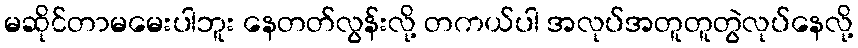
မဆိုင်တာမမေးပါဘူး နေတတ်လွန်းလို့ တကယ်ပါ အလုပ်အတူတူတွဲလုပ်နေလို့